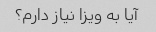
آیا به ویزا نیاز دارم؟